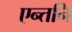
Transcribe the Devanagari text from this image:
एन्तनि